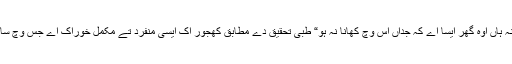
نبی کریم صلی اللہ علیہ وآلہ وسلم نے فرمایا کہ “جس گھر وچ کھجوراں نہ ہاں اوہ گھر ایسا اے کہ جداں اس وچ کھانا نہ ہو“ طبی تحقیق دے مطابق کھجور اک ایسی منفرد تے مکمل خوراک اے جس وچ ساڈے جسم دے تمام ضروری غذائی اجزاء وافر مقدار وچ پائے جاندے نيں۔